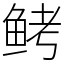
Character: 鲓